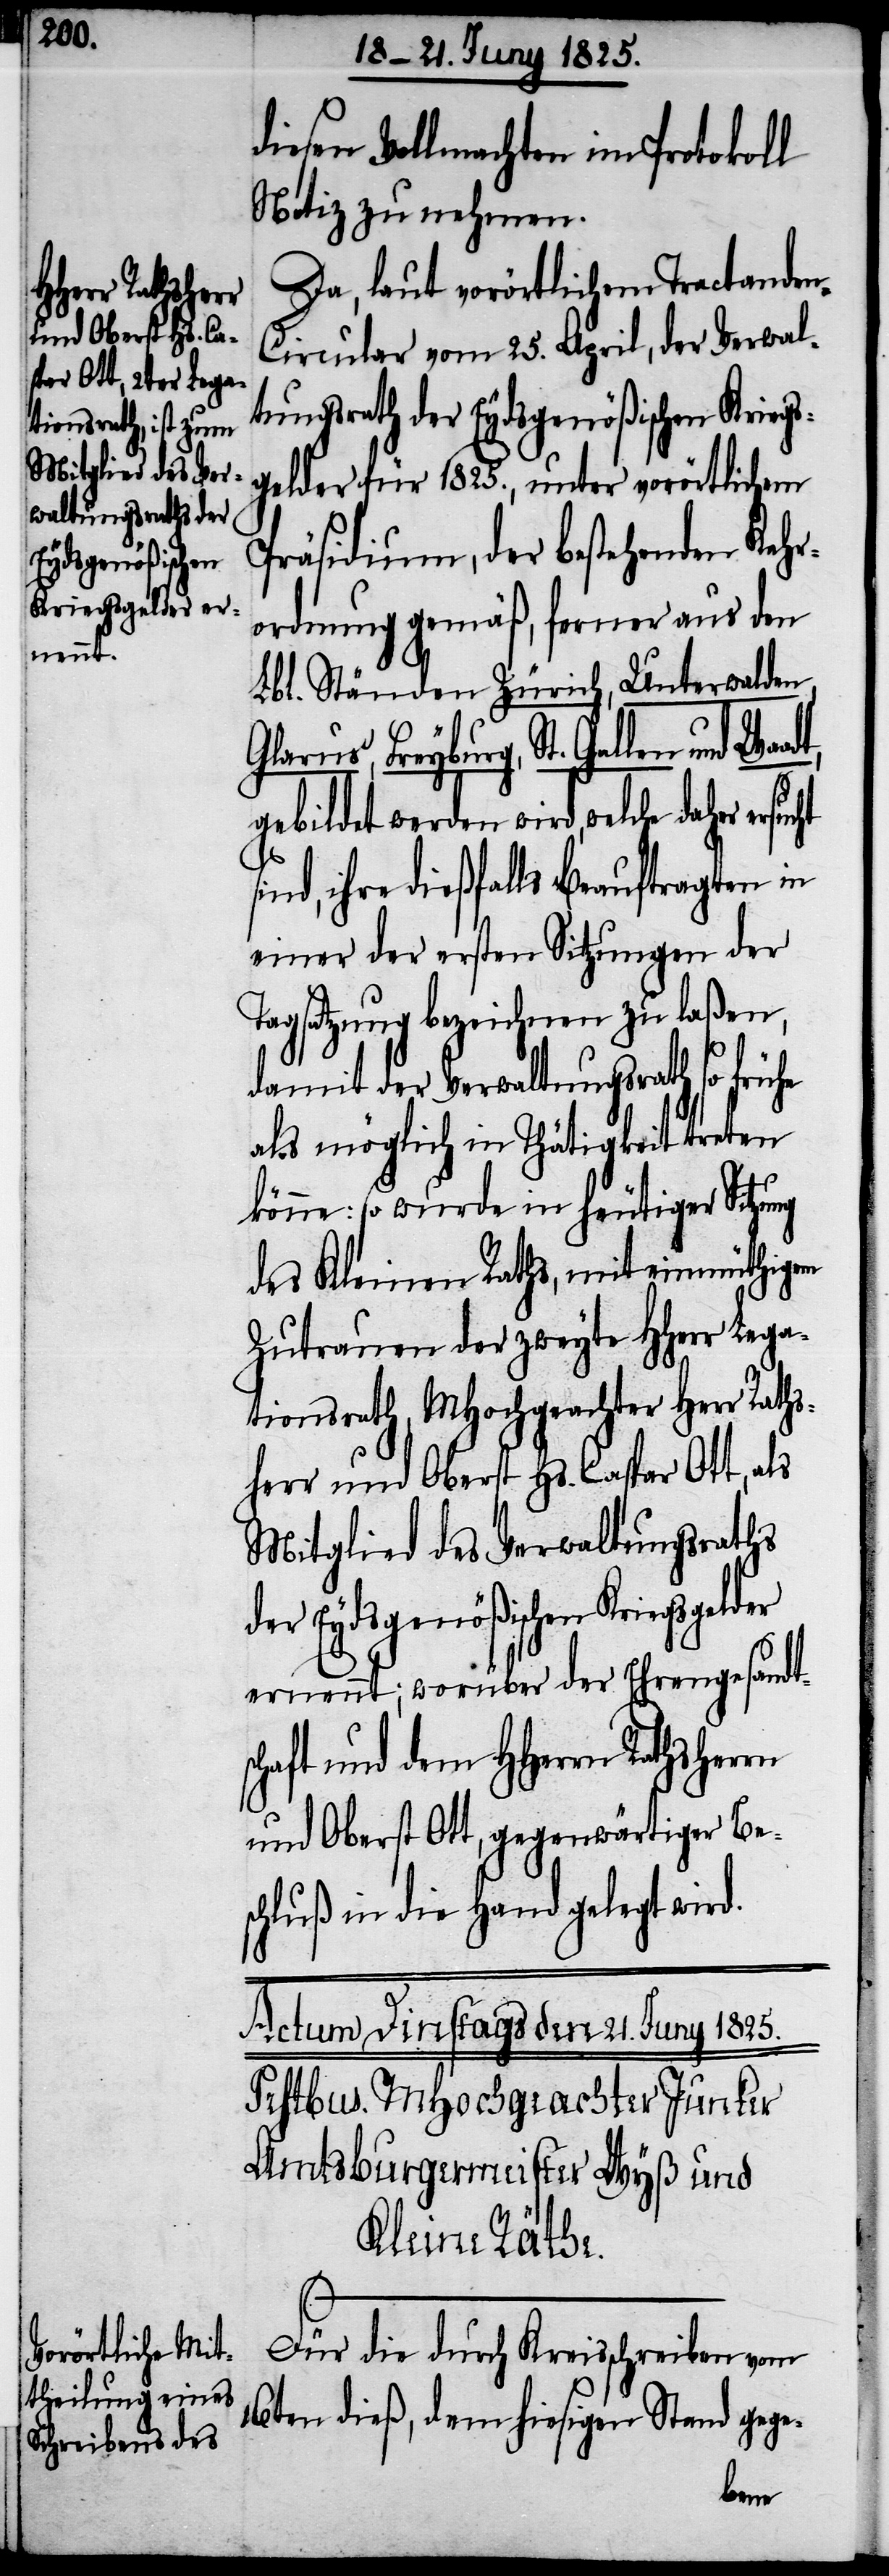
Eydsgenößischen
Kriegsgelder

diesen Vollmachten im Protokoll
Notiz zu nehmen.
Da, laut vorörtlichem Tractande¬
n-Circular vom 25. April, der Verwal¬
tungsrath der Eydsgenößischen Kriegs¬
gelder für 1825., unter vorörtlichem
Präsidium, der bestehenden Kehr¬
ordnung gemäß, ferner aus den
Lbl. Ständen Zürich, Unterwalden,
Glarus, Freyburg, St. Gallen und
gebildet werden wird, welche daher
sind, ihre dießfalls Beauftragten in
einer der ersten Sitzungen der
Tagsatzung bezeichnen zu laßen,
damit der Verwaltungsrath so frühe
als möglich in Thätigkeit treten
könne: so wurde in heutiger Sitzung
des Kleinen Raths, mit einmüthigem
Zutrauen der zweyte HHerr Lega¬
tionsrath, MHochgeachter Herr Raths¬
herr und Oberst Hs. Caspar Ott, als
Mitglied des Verwaltungsraths
ernennt; worüber der Ehrengesandt¬
schaft und dem HHerrn Rathsherrn
und Oberst Ott, gegenwärtiger Be¬
schluß in die Hand gelegt wird.
Für die durch Kreisschreiben vom
16ten dieß, dem hiesigen Stand gege-
der